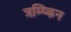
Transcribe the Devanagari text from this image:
त्रम्प्किन